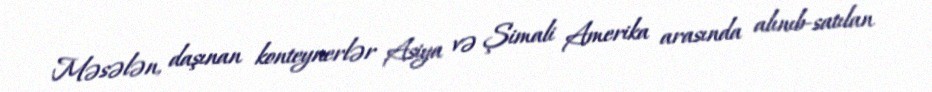
Məsələn, daşınan konteynerlər Asiya və Şimali Amerika arasında alınıb-satılan